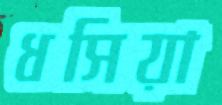
ধসিয়া